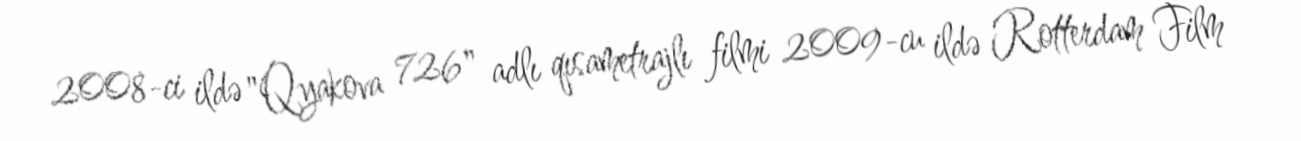
2008-ci ildə "Qyakova 726" adlı qısametrajlı filmi 2009-cu ildə Rotterdam Film